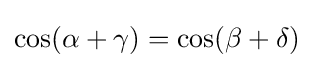
\cos(\alpha +\gamma )=\cos(\beta +\delta )